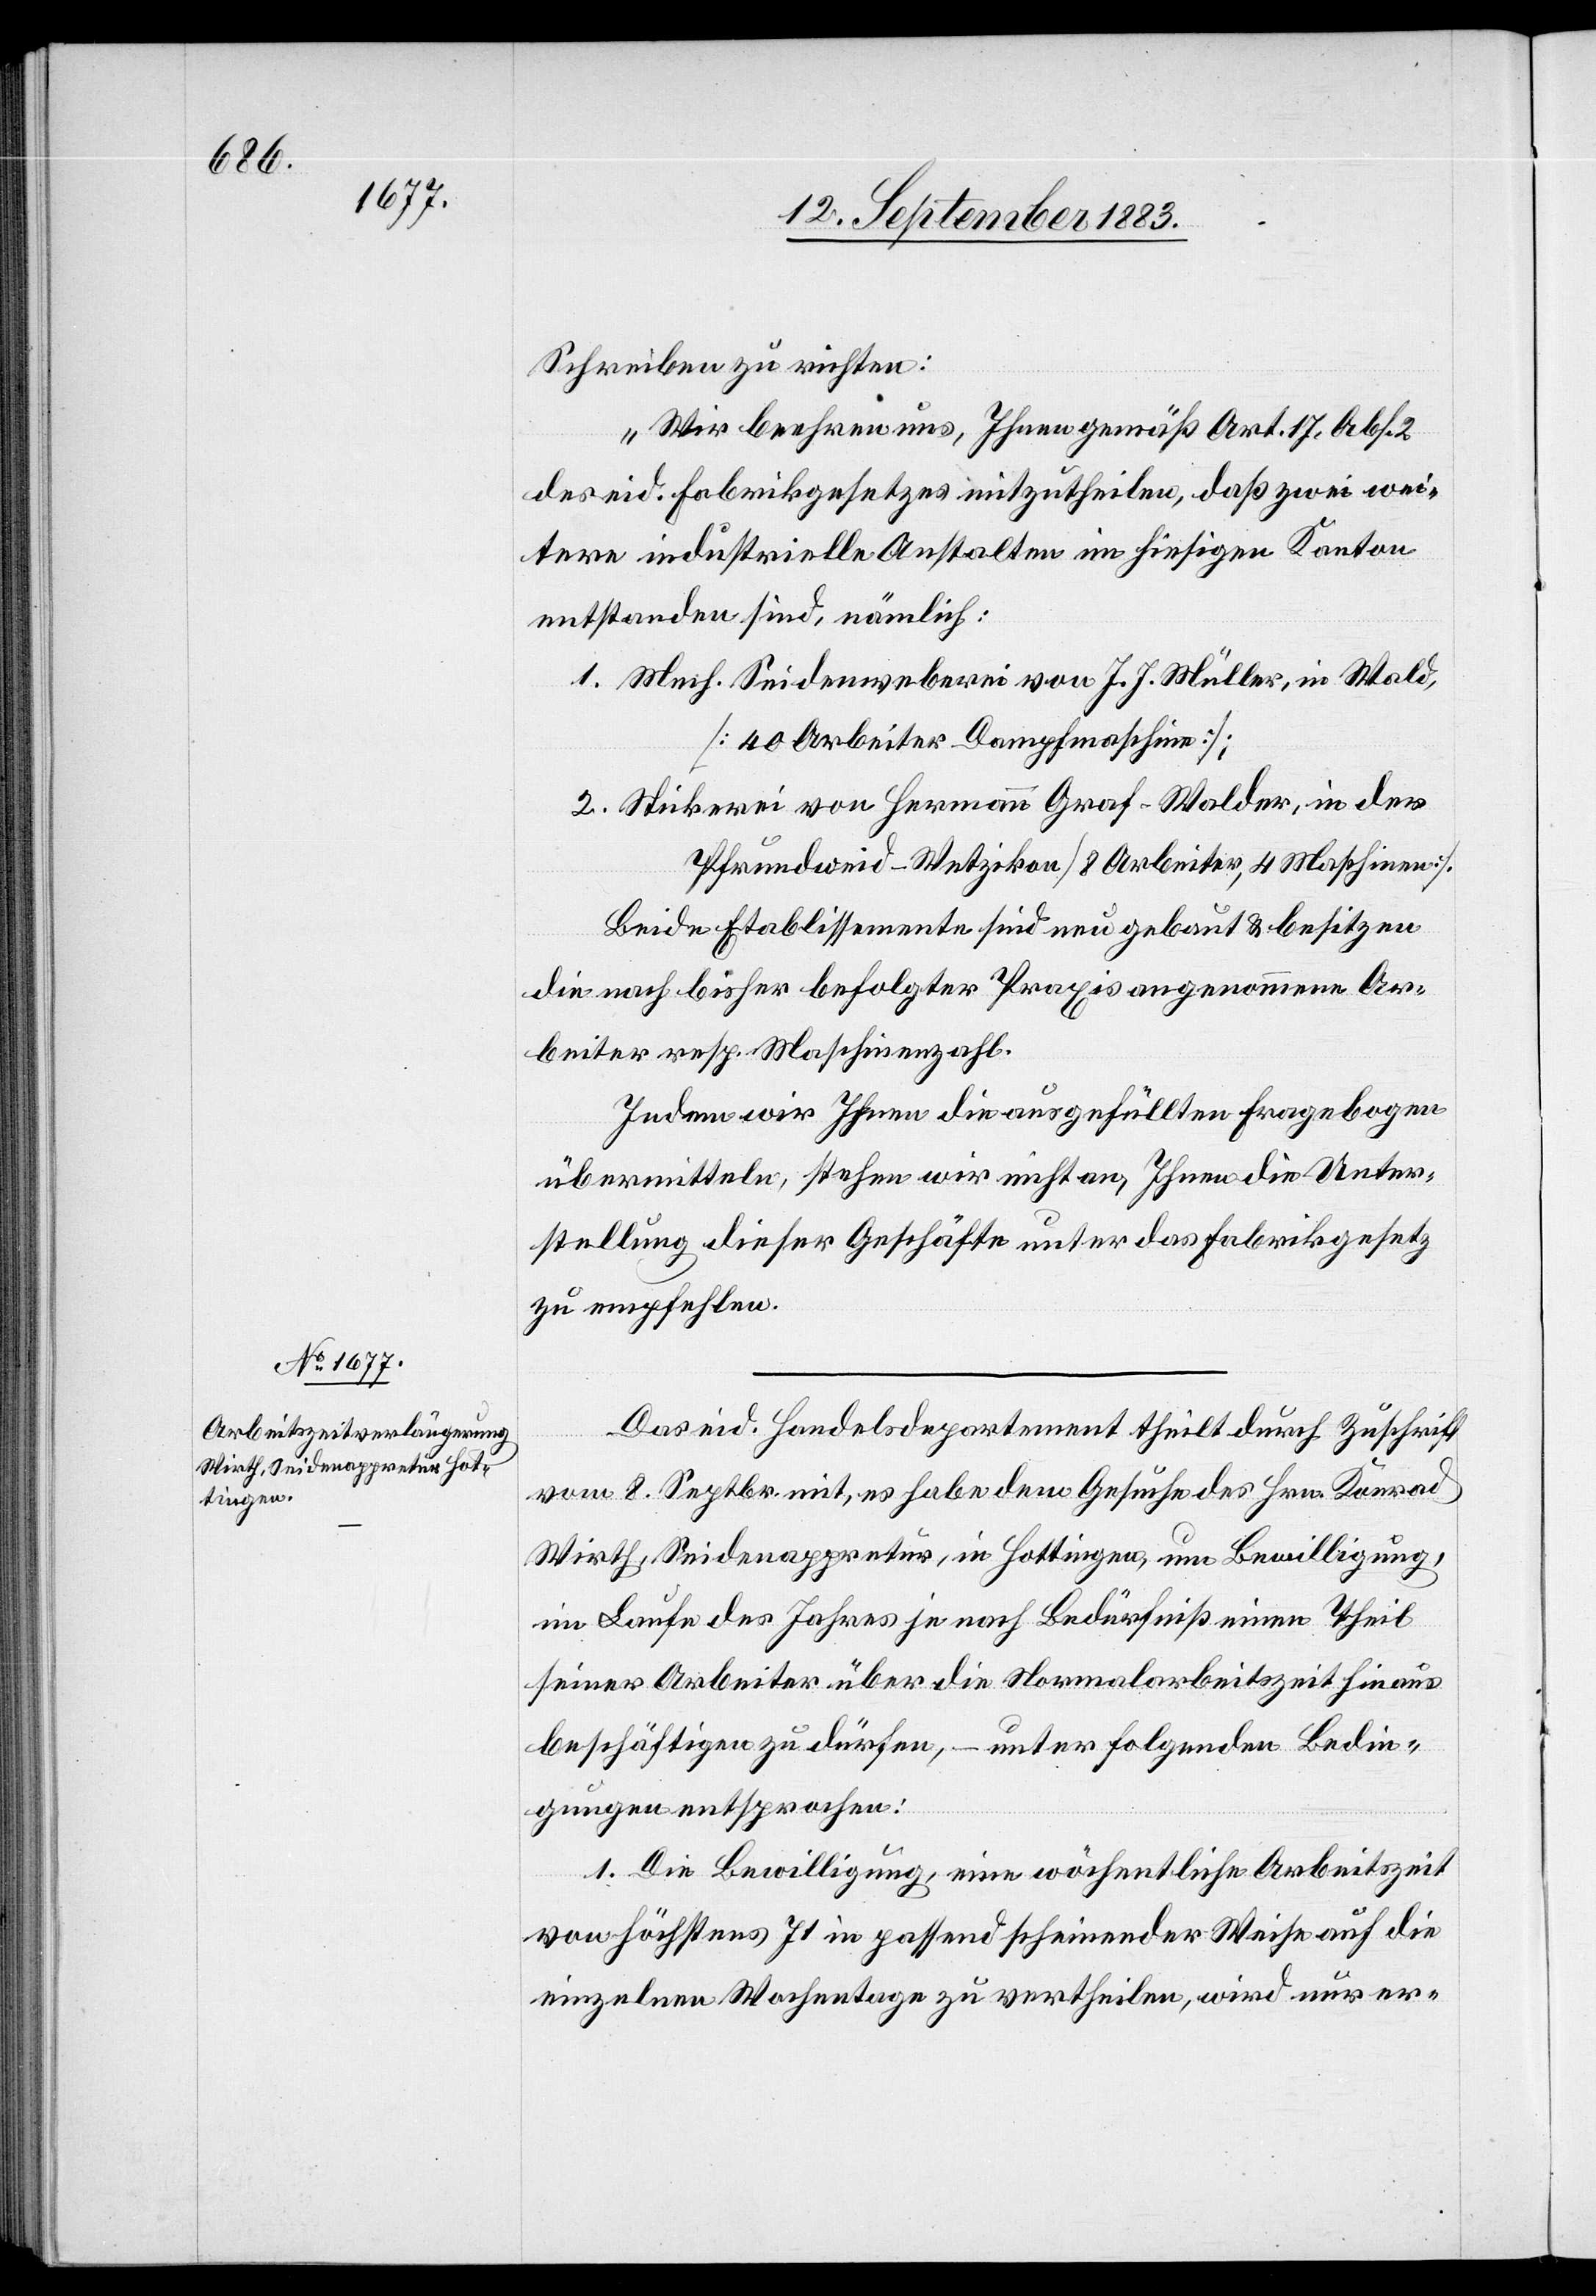
Schreiben zu richten:
„Wir beehren uns, Ihnen gemäß Art. 17, Abs. 2
des eid. Fabrikgesetzes mitzutheilen, daß zwei wei¬
tere industrielle Anstalten im hiesigen Kanton
entstanden sind, nämlich:
1. Mech. Seidenweberei von J. J. Müller, in Wald
[40 Arbeiter, Dampfmaschine];
2. Stickerei von Hermann Graf-Walder, in der
Pfrundweid - Wetzikon [8 Arbeiter, 4 Maschinen].
Beide Etablissemente sind neu gebaut & besitzen
die nach bisher befolgter Praxis angenommene Ar¬
beiter[-] resp. Maschinenzahl.
Indem wir Ihnen die ausgefüllten Fragebogen
übermitteln, stehen wir nicht an, Ihnen die Unter¬
stellung dieser Geschäfte unter das Fabrikgesetz
zu empfehlen.“
Das eid. Handelsdepartement theilt durch Zuschrift
vom 8. Septbr. mit, es habe dem Gesuche des Hrn. Konrad
Wirth, Seidenappretur, in Hottingen, um Bewilligung,
im Laufe des Jahres je nach Bedürfniß einen Theil
seiner Arbeiter über die Normalarbeitszeit hinaus
beschäftigen zu dürfen, – unter folgenden Bedin¬
gungen entsprochen:
1. Die Bewilligung, eine wöchentliche Arbeitszeit
von höchstens 71 [Stunden] in passend scheinender Weise auf die
einzelnen Wochentage zu vertheilen, wird nur er-